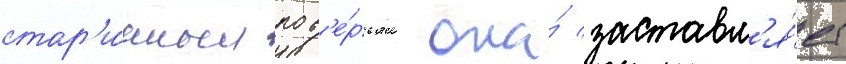
стар'и́нным пов'е́рьям она́ заставл'я́ет